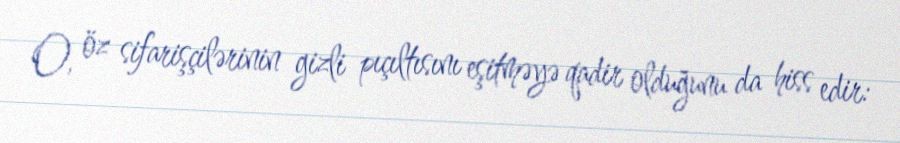
O, öz sifarişçilərinin gizli pıçıltısını eşitməyə qadir olduğunu da hiss edir: